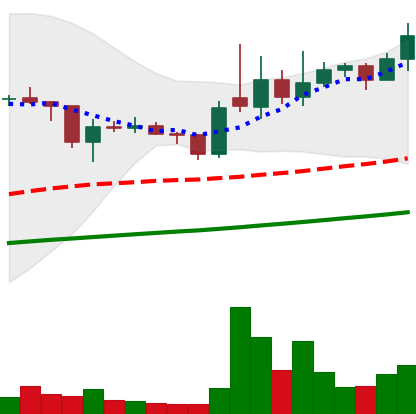
Ticker: XLM-USD
Chart end date: 2021-02-06
Forward return: 20.359%
Label: up_7plus